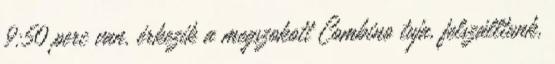
9:50 perc van, érkezik a megszokott Combino tuja, felszálltunk,